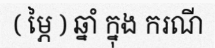
( ម្ភៃ ) ឆ្នាំ ក្នុង ករណី